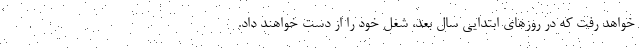
خواهد رفت که در روزهای ابتدایی سال بعد، شغل خود را از دست خواهند داد.